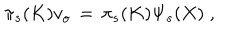
\pi _ { s } ( K ) v _ { o } \, = \, \pi _ { s } ( K ) \Psi _ { s } ( X ) \; ,